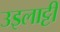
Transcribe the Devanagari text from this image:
उइलाट्टी